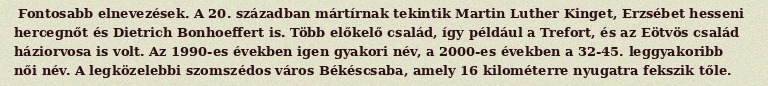
Fontosabb elnevezések. A 20. században mártírnak tekintik Martin Luther Kinget, Erzsébet hesseni hercegnőt és Dietrich Bonhoeffert is. Több előkelő család, így például a Trefort, és az Eötvös család háziorvosa is volt. Az 1990-es években igen gyakori név, a 2000-es években a 32-45. leggyakoribb női név. A legközelebbi szomszédos város Békéscsaba, amely 16 kilométerre nyugatra fekszik tőle.